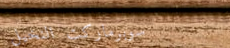
سوبرماركت النخيل